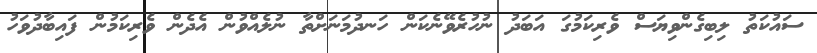
ސައުކަތު ލިބިގެންވިޔަސް ވެރިކަމުގަ އަބަދު ނުހުރެވޭނެކަން ހަނދުމަނަށްތާ ނުލެއްވުން އެދެން ވެރިކަމުން ފައިބާދުވަހު